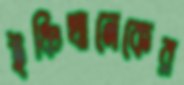
ইঞ্চিখানেকের